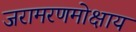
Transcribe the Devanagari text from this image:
जरामरणमोक्षाय